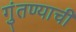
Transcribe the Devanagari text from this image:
गुंतण्याची